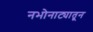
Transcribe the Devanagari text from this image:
नभोनाट्यातून